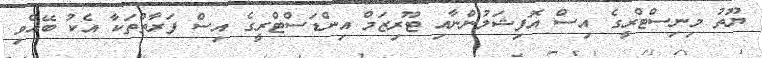
ޔޫތު މިނިސްޓްރީގެ އިސް އޮފިޝަލުންނާއި ޓޫރިޒަމް އިންޑަސްޓްރީގެ އިސް ފަރާތްތަކާ އެކު ބޭއްވި